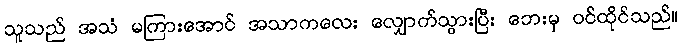
သူသည် အသံ မကြားအောင် အသာကလေး လျှောက်သွားပြီး ဘေးမှ ဝင်ထိုင်သည်။